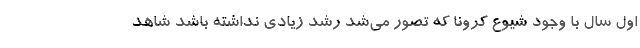
اول سال با وجود شیوع کرونا که تصور می‌شد رشد زیادی نداشته باشد شاهد